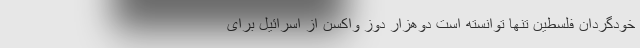
خودگردان فلسطین تنها توانسته است دوهزار دوز واکسن از اسرائیل برای